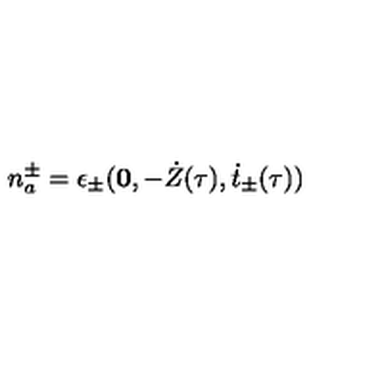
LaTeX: n _ { a } ^ { \pm } = \epsilon _ { \pm } ( { \bf 0 } , - \dot { Z } ( \tau ) , \dot { t } _ { \pm } ( \tau ) )